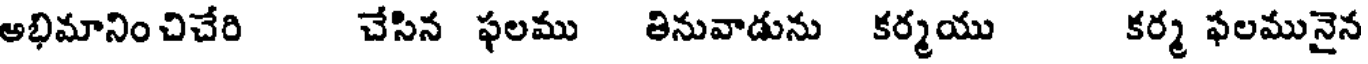
అభిమానిం చిచేరి చేసిన ఫలము తినువాడును కర్మయు కర్మ ఫలమునైన